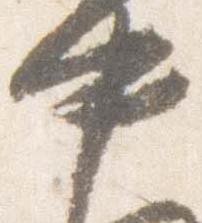
中